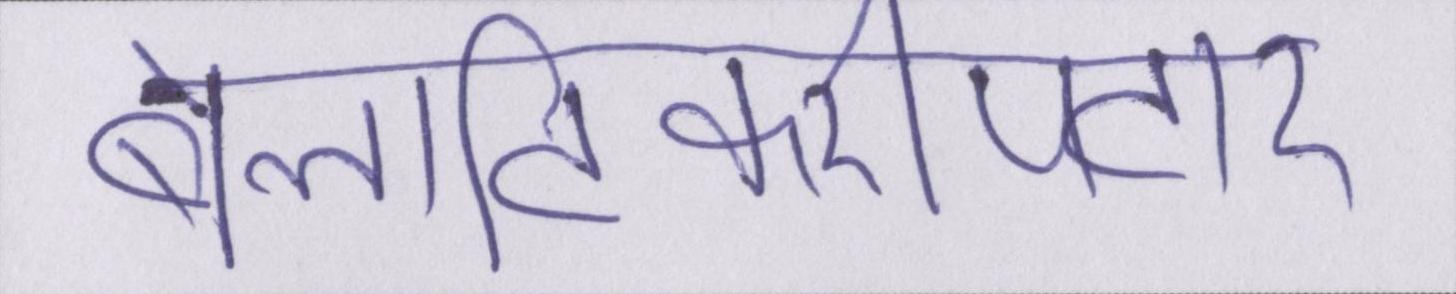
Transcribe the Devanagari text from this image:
बेलटिकरीपटार